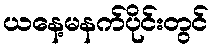
ယနေ့မနက်ပိုင်းတွင်